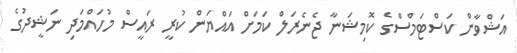
އަޝްވާން ކަސްޓަމްސްގެ ކޮމިޝަނާ ޖެނެރަލް ކަމަށް އައްޔަން ކުރީ ރައީސް މުހައްމަދި ނަޝީދުގެ